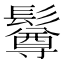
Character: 𩯄